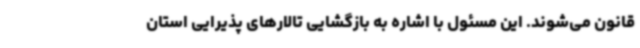
قانون می‌شوند. این مسئول با اشاره به بازگشایی تالارهای پذیرایی استان